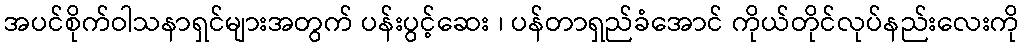
အပင်စိုက်ဝါသနာရှင်များအတွက် ပန်းပွင့်ဆေး ၊ ပန်တာရှည်ခံအောင် ကိုယ်တိုင်လုပ်နည်းလေးကို